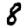
Digit: 8